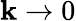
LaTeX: \mathbf{k}\to0